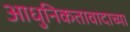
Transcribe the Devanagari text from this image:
आधुनिकतावादाच्या